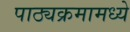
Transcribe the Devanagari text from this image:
पाठ्यक्रमामध्ये